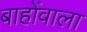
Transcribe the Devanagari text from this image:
बाहोंवाला